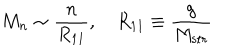
M _ { n } \sim \frac { n } { R _ { 1 1 } } , \quad R _ { 1 1 } \equiv \frac { g } { M _ { \mathrm { s t r } } }